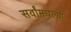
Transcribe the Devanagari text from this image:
सर्वांमधल्या